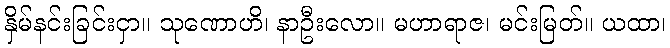
နှိမ်နင်းခြင်းငှာ။ သုဏောဟိ၊ နာဦးလော။ မဟာရာဇ၊ မင်းမြတ်။ ယထာ၊